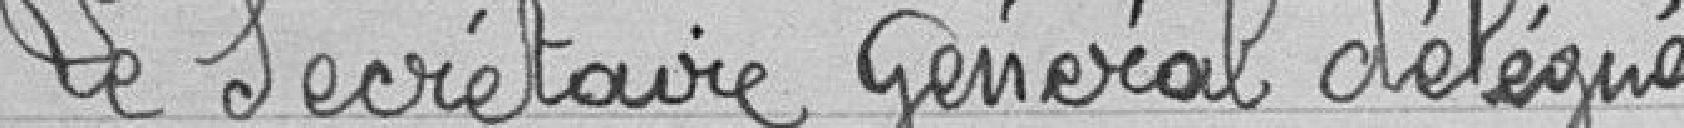
Le secrétaire Général délégué